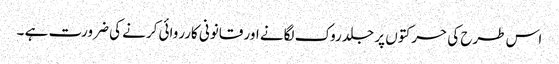
اس طرح کی حرکتوں پر جلد روک لگانے اور قانونی کارروائی کرنے کی ضرورت ہے ۔